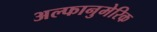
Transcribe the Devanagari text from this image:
अल्फानुमेरिक